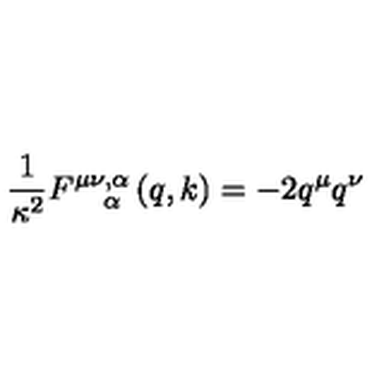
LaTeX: { \frac { 1 } { \kappa ^ { 2 } } } F _ { \quad \alpha } ^ { \mu \nu , \alpha } \left( q , k \right) = - 2 q ^ { \mu } q ^ { \nu }